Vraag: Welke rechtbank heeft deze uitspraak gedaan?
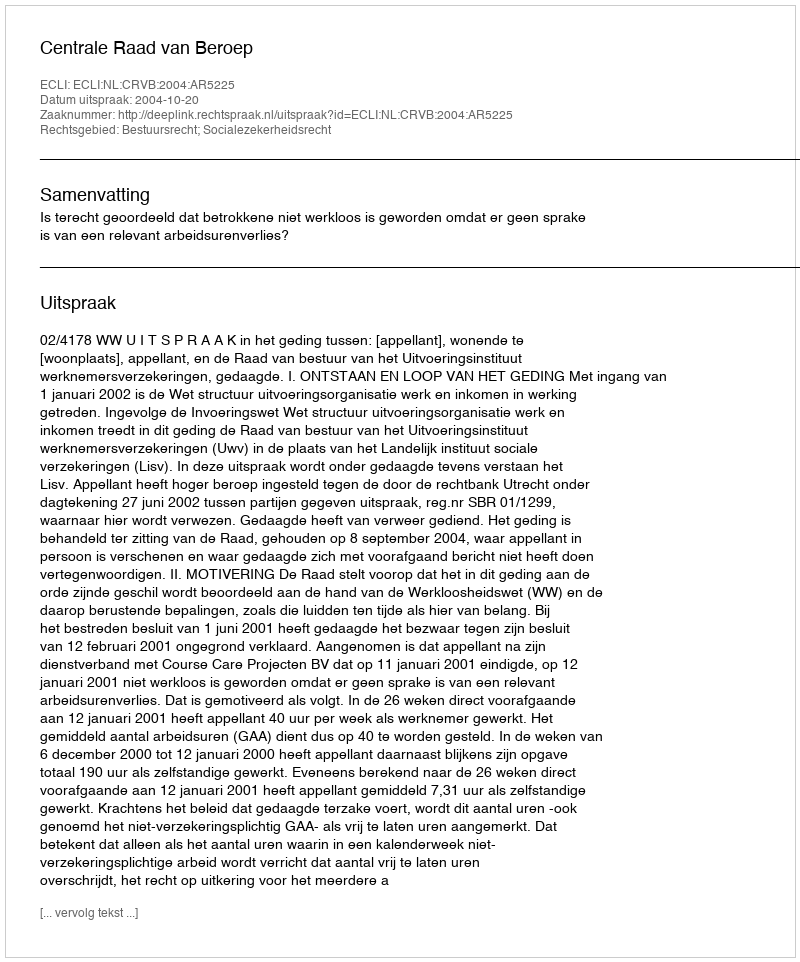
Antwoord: Centrale Raad van Beroep